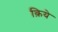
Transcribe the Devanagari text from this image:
क़िये